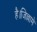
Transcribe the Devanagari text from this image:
है।जिल्लामे